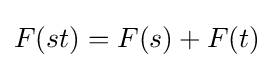
F(st)=F(s)+F(t)